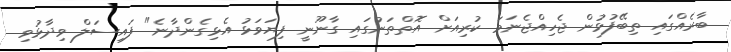
ބާރެއްގައި ތިބޭފުޅުން ޖެހިއްޖެނަމަ ކުރިއަށް އޮަތްތަނުގައި ގާނޫނީ ފިޔަވަޅު އެޅިގެންދާނެ" ފައިސަލް ވިދާޅުވި